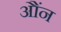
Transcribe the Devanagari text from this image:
औंन